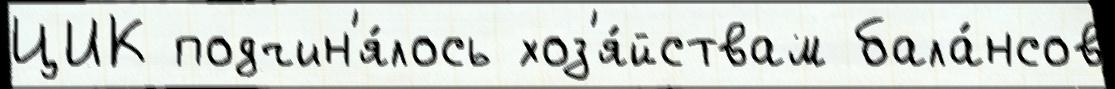
ЦИК подчин'я́лось хоз'я́йствам бала́нсов